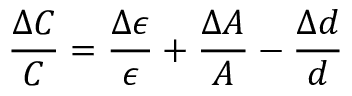
\frac { \Delta C } { C } = \frac { \Delta \epsilon } { \epsilon } + \frac { \Delta A } { A } - \frac { \Delta d } { d }